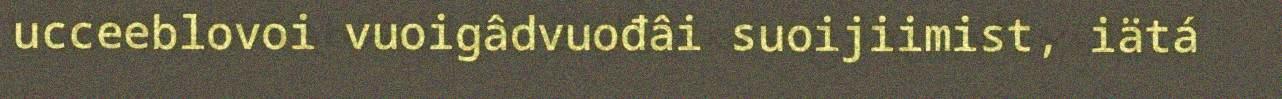
ucceeblovoi vuoigâdvuođâi suoijiimist, iätá